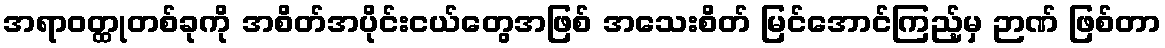
အရာဝတ္ထုတစ်ခုကို အစိတ်အပိုင်းငယ်တွေအဖြစ် အသေးစိတ် မြင်အောင်ကြည့်မှ ဉာဏ် ဖြစ်တာ